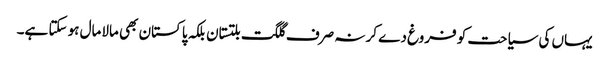
یہاں کی سیاحت کو فروغ دے کر نہ صرف گلگت بلتستان بلکہ پاکستان بھی مالامال ہو سکتا ہے۔